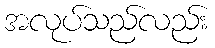
အလုပ်သည်လည်း